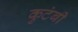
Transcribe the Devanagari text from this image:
कुटंबी